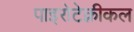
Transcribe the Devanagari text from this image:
पाइरोटेक्नीकल